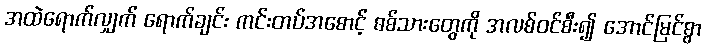
အထဲရောက်လျှက် ရောက်ချင်း ကင်းတပ်အစောင့် စစ်သားတွေကို အလစ်ဝင်စီး၍ အောင်မြင်စွာ